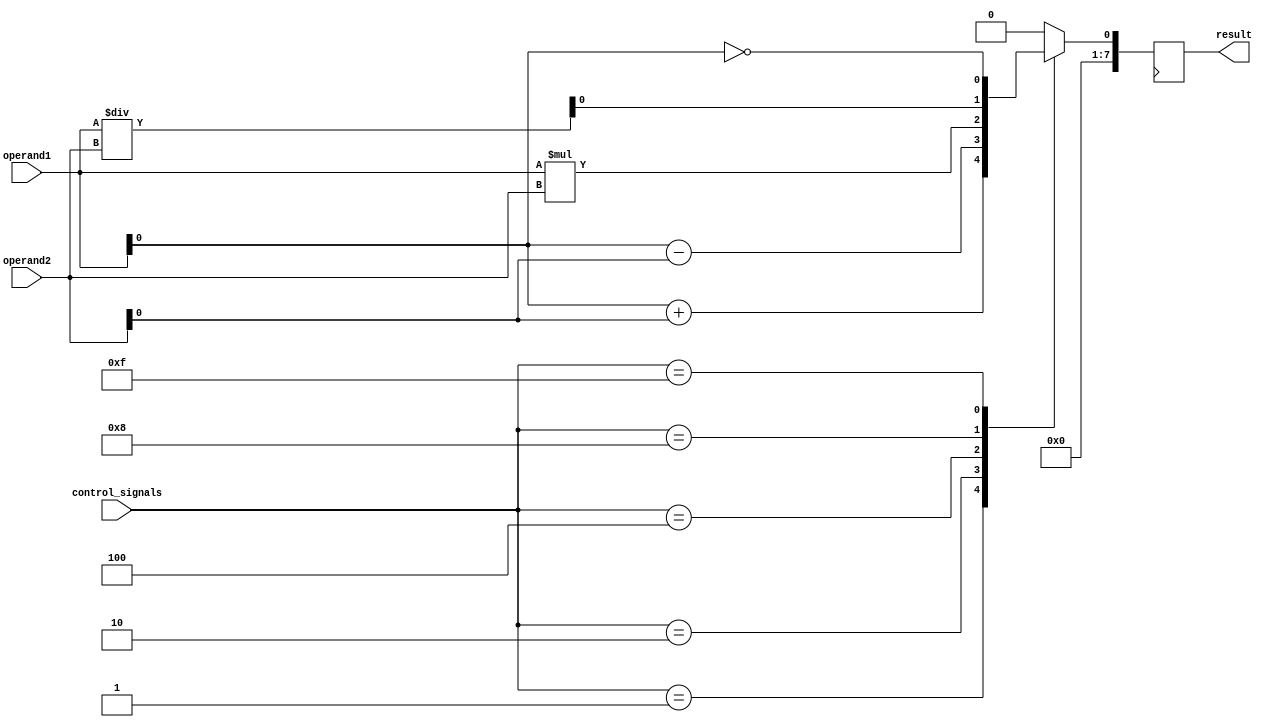
module ALU (
    input [7:0] operand1,
    input [7:0] operand2,
    input [3:0] control_signals,
    output reg [7:0] result
);

// Adder
assign add_result = operand1 + operand2;

// Subtractor
assign sub_result = operand1 - operand2;

// Multiplier
assign mul_result = operand1 * operand2;

// Divider
assign div_result = operand1 / operand2;

// Shifter
assign left_shift_result = operand1 << operand2;
assign right_shift_result = operand1 >> operand2;

// Logical operations
assign and_result = operand1 & operand2;
assign or_result = operand1 | operand2;
assign not_result = ~operand1;

always @ (posedge clk)
begin
    case (control_signals)
        4'b0001: result <= add_result;
        4'b0010: result <= sub_result;
        4'b0100: result <= mul_result;
        4'b1000: result <= div_result;
        4'b0001: result <= left_shift_result;
        4'b0010: result <= right_shift_result;
        4'b0100: result <= and_result;
        4'b1000: result <= or_result;
        4'b1111: result <= not_result;
        default: result <= 8'b00000000; // default output
    endcase
end

endmodule